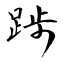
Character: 踄